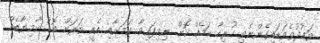
ވައުދުވެވަޑައިގެންނެވި ހުރިހާ ކަމެއް ކޮށް ނިމިފައިވާ ކަމަށާއި އެއީ ވަރަށް ބޮޑު ކާމިޔާބެއް